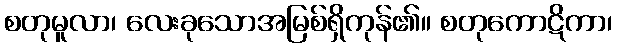
စတုမူလာ၊ လေးခုသောအမြစ်ရှိကုန်၏။ စတုကောဋိကာ၊